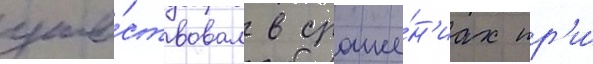
уча́ствовал в сраже́н'иах пр'и́